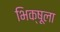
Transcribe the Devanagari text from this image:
भिक्षूला